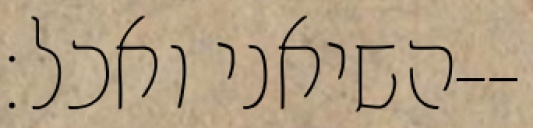
השיאני ואכל׃--